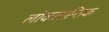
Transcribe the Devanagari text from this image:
लोकतान्तिक